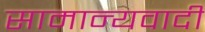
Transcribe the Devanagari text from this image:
सामान्यवादी